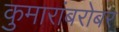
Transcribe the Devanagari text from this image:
कुमारांबरोबर